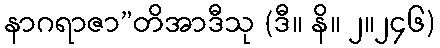
နာဂရာဇာ”တိအာဒီသု (ဒီ။ နိ။ ၂။၂၄၆)